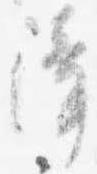
障